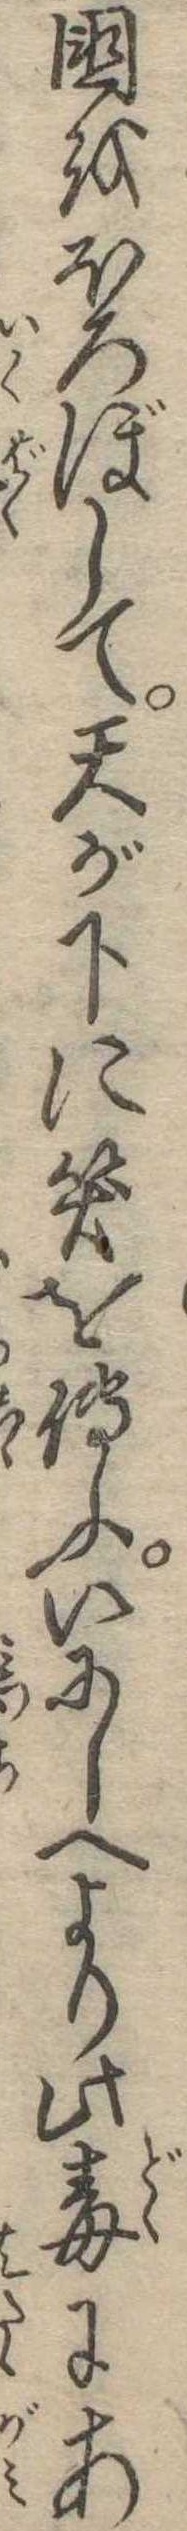
国をほろぼして天が下に笑を傅ふいにしへより此毒にあ